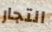
التجار